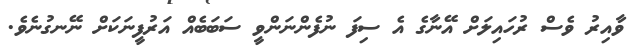
ވާއިރު ވެސް ރުހައިލަށް އޭނާގެ އެ ސިފަ ނުފެންނަންވީ ސަބަބެއް އަރުފީނަކަށް ނޭނގުނެވެ.